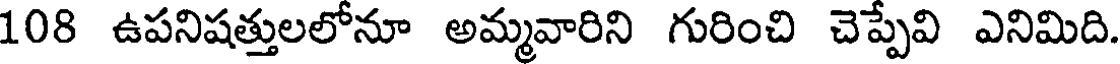
108 ఉపనిషత్తులలోనూ అమ్మవారిని గురించి చెప్పేవి ఎనిమిది.